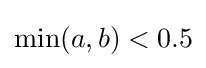
\min(a,b)<0.5